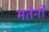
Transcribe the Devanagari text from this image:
मतेर्नो